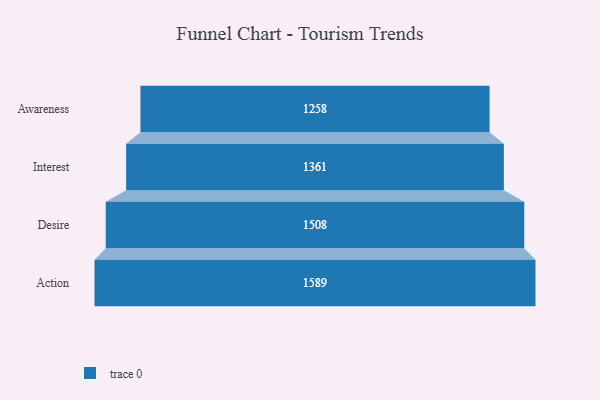
{"axis": {"x": "Stage", "y": "Value"}, "legend": [""], "data": [{"x": "Awareness", "y": 1258.0, "type": ""}, {"x": "Interest", "y": 1361.0, "type": ""}, {"x": "Desire", "y": 1508.0, "type": ""}, {"x": "Action", "y": 1589.0, "type": ""}]}